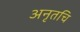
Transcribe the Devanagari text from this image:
अनृतचि